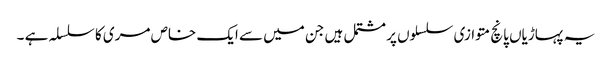
یہ پہاڑیاں پانچ متوازی سلسلوں پر مشتمل ہیں جن میں سے ایک خاص مری کا سلسلہ ہے ۔